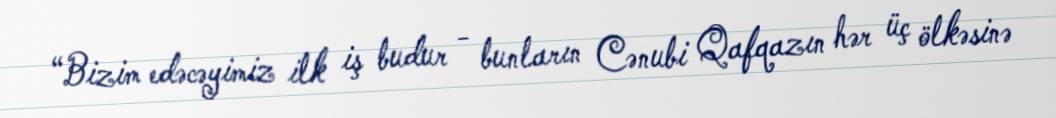
“Bizim edəcəyimiz ilk iş budur - bunların Cənubi Qafqazın hər üç ölkəsinə